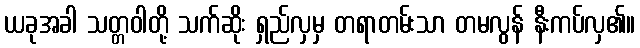
ယခုအခါ သတ္တဝါတို့ သက်ဆိုး ရှည်လှမှ တရာတမ်းသာ တမလွန် နီးကပ်လှ၏။